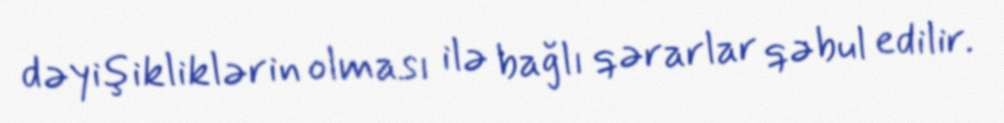
dəyişikliklərin olması ilə bağlı qərarlar qəbul edilir.